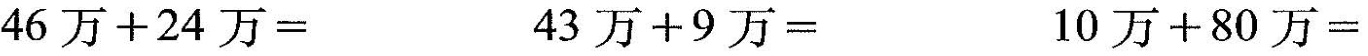
46万+24万=43万+9万=10万+80万=